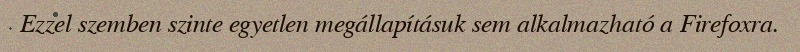
Ezzel szemben szinte egyetlen megállapításuk sem alkalmazható a Firefoxra.